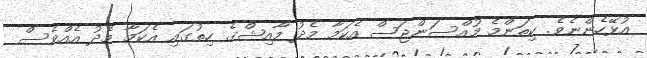
އުޅޭހެންނެވެ. ކިތަންމެ މުއްސަންޖަސް އެކަމާ މެދު މާއިޝްގެ ހިތުގައި އެކަމާ މެދު އެއްވެސް